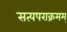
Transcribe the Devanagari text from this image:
सत्यपराक्रमम्